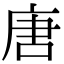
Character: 唐